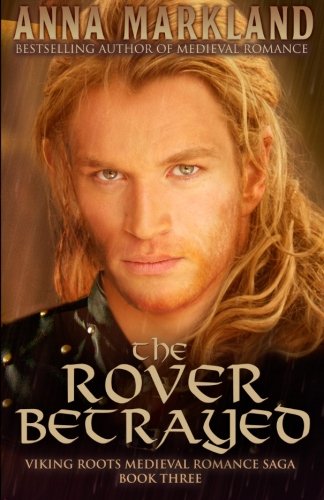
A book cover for The Rover Betrayed (Viking Roots Medieval Romance Saga) (Volume 3); Anna Markland; Romance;